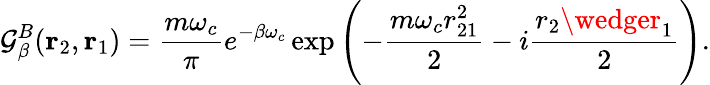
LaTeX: \mathcal{G}_{\beta}^{B}(\mathrm{{\mathbf{r}}}_{2},\mathrm{{\mathbf{r}}}_{1})={\frac{{m\omega_{c}}}{{\pi}}}e^{-\beta\omega_{c}}\exp\left(-{\frac{{m\omega_{c}r_{21}^{2}}}{{2}}}-i{\frac{{r_{2}\wedger_{1}}}{{2}}}\right).